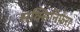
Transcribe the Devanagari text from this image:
सक्सिनिफेरा